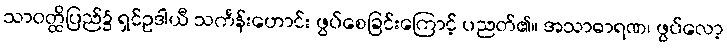
သာဝတ္ထိပြည်၌ ရှင်ဥဒါယီ သင်္ကန်းဟောင်း ဖွပ်စေခြင်းကြောင့် ပညတ်၏။ အသာဓာရဏ၊ ဖွပ်လော့